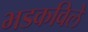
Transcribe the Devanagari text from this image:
भडकविले